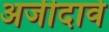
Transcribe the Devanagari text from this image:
अर्जीदावे